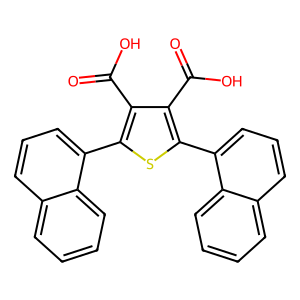
SMILES: O=C(O)c1c(-c2cccc3ccccc23)sc(-c2cccc3ccccc23)c1C(=O)O
Inhibits HIV replication: No